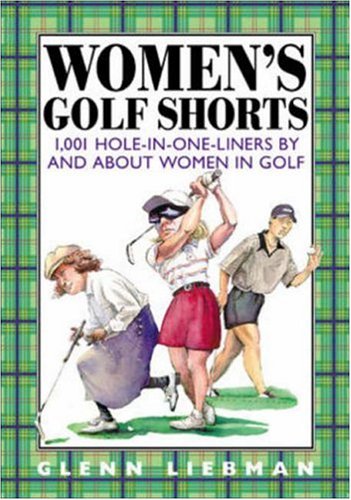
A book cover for Women's Golf Shorts : 1,001 Hole-in-One-Liners by and About Women in Golf; Glenn Liebman; Humor & Entertainment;